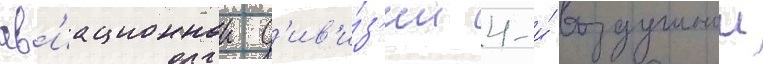
ав'иационнои д'ив'и́з'ии 4-и́ воздушнои